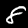
Digit: 8